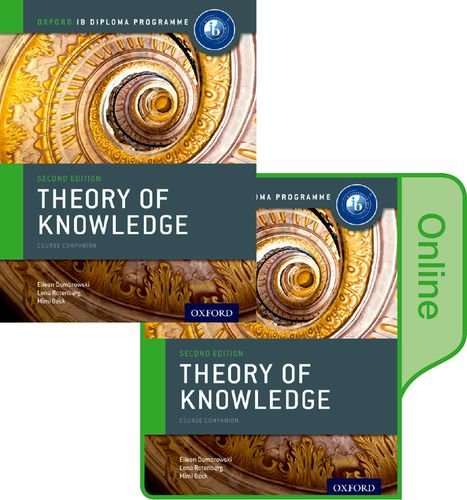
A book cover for IB Theory of Knowledge Print and Online Course Book Pack: Oxford IB Diploma Program; Eileen Dombrowski; Teen & Young Adult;